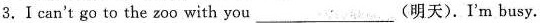
3.I can't go to the zoo with you ___ (明天).I'm busy.